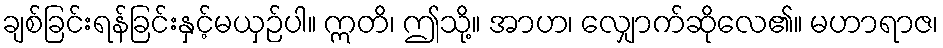
ချစ်ခြင်းရန်ခြင်းနှင့်မယှဉ်ပါ။ ဣတိ၊ ဤသို့။ အာဟ၊ လျှောက်ဆိုလေ၏။ မဟာရာဇ၊